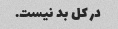
در کل بد نیست.